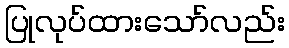
ပြုလုပ်ထားသော်လည်း